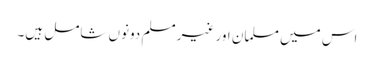
اس میں مسلمان اور غیر مسلم دونوں شامل ہیں۔